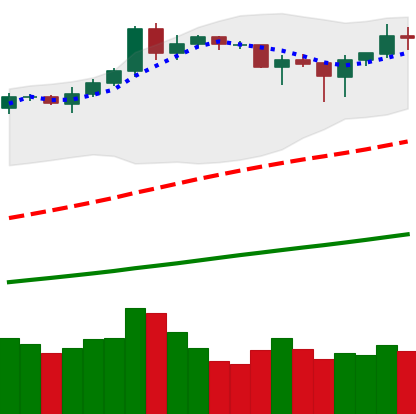
Ticker: BNB-USD
Chart end date: 2019-04-15
Forward return: 28.889%
Label: up_7plus